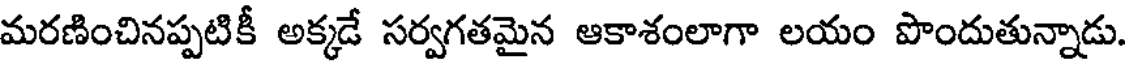
మరణించినప్పటికీ అక్కడే సర్వగతమైన ఆకాశంలాగా లయం పొందుతున్నాడు.